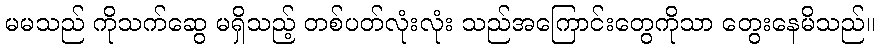
မမသည် ကိုသက်ဆွေ မရှိသည့် တစ်ပတ်လုံးလုံး သည်အကြောင်းတွေကိုသာ တွေးနေမိသည်။